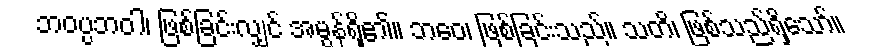
ဘဝပ္ပဘဝါ၊ ဖြစ်ခြင်းလျှင် အမွန်ရှိ၏။ ဘဝေ၊ ဖြစ်ခြင်းသည်။ သတိ၊ ဖြစ်သည်ရှိသော်။